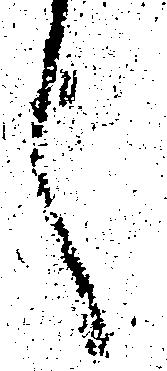
言